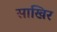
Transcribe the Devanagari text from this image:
साखिर